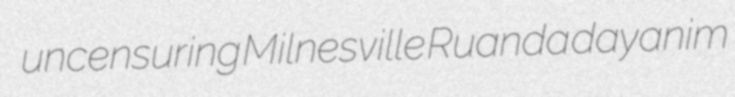
uncensuring Milnesville Ruanda dayanim